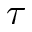
\tau